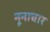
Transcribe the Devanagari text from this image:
नूनाचार